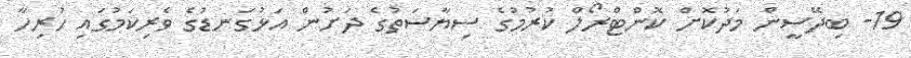
19- ބިދޭސީން މަދުކޮށް ކޮންޓްރޯލް ކުރުމުގެ ސިޔާސަތުގެ ދަށުން އަޅުގަނޑުގެ ވެރިކަމުގައި ހުރިހާ